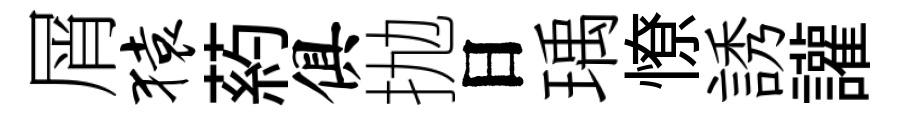
屑猿葯俱抛日瑀憭誘讙